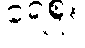
ရေစူး